Leaving Certificate Examination (including Day School Certificate (Higher) General paper), 1939
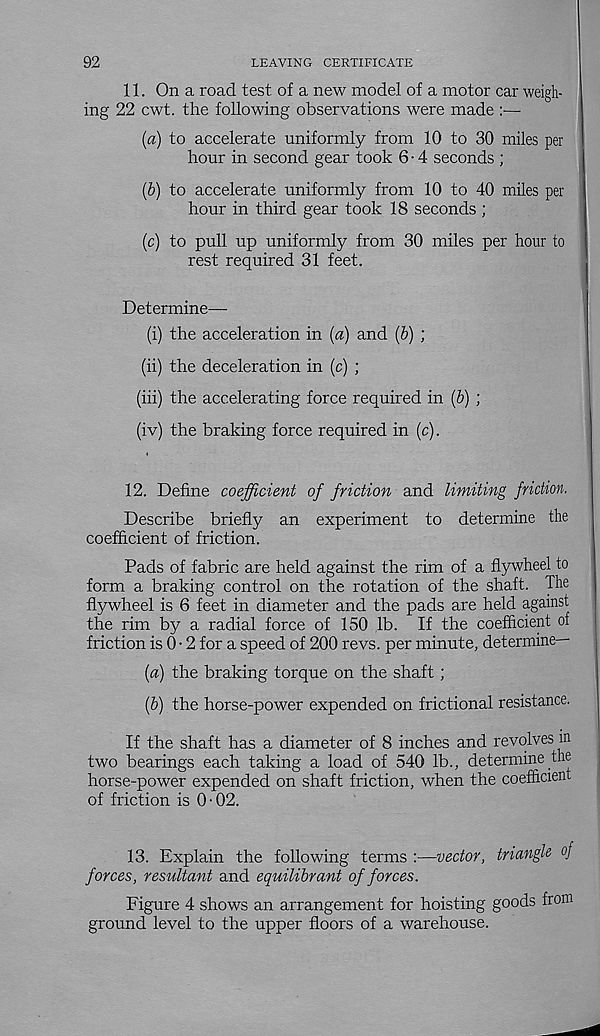
92
LEAVING CERTIFICATE
11. On a road test of a new model of a motor car weigh-
ing 22 cwt. the following observations were made
(а) to accelerate uniformly from 10 to 30 miles per
hour in second gear took 6-4 seconds ;
(б) to accelerate uniformly from 10 to 40 miles per
hour in third gear took 18 seconds ;
(c) to pull up uniformly from 30 miles per hour to
rest required 31 feet.
Determine—
(i) the acceleration in {a) and (5) ;
(ii) the deceleration in (c) ;
(iii) the accelerating force required in (&) ;
(iv) the braking force required in (c).
12. Define coefficient of friction and limiting friction.
Describe briefly an experiment to determine the
coefficient of friction.
Pads of fabric are held against the rim of a flywheel to
form a braking control on the rotation of the shaft. The
flywheel is 6 feet in diameter and the pads are held against
the rim by a radial force of 150 lb. If the coefficient of
friction is 0 • 2 for a speed of 200 revs, per minute, determine—
(a) the braking torque on the shaft;
(b) the horse-power expended on frictional resistance.
If the shaft has a diameter of 8 inches and revolves in
two bearings each taking a load of 540 lb., determine the
horse-power expended on shaft friction, when the coefficient
of friction is 0 • 02.
13. Explain the following terms :—vector, triangle oj
forces, resultant and equilibrant of forces.
Figure 4 shows an arrangement for hoisting goods from
ground level to the upper floors of a warehouse.